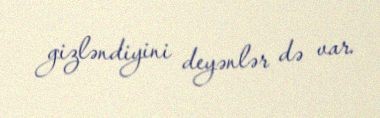
gizləndiyini deyənlər də var.